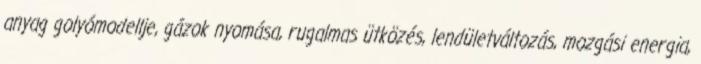
anyag golyómodellje, gázok nyomása, rugalmas ütközés, lendületváltozás, mozgási energia,